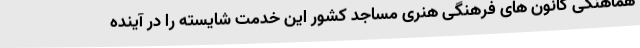
هماهنگی کانون های فرهنگی هنری مساجد کشور این خدمت شایسته را در آینده